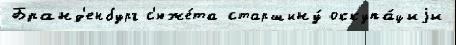
Бранд'енбург с'юже́та старшину́ оккупа́циjи